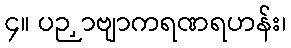
၄။ ပဉှာဗျာကရဏရဟန်း၊